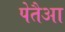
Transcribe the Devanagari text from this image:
पेतैआ